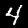
Label: 4